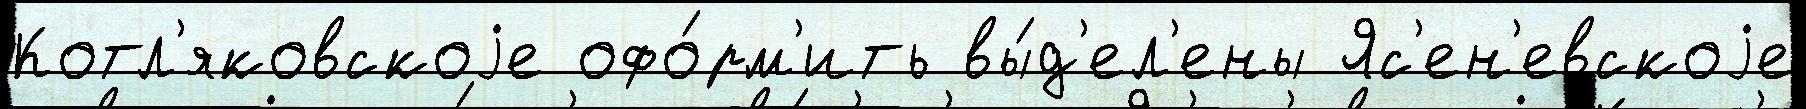
Котл'яковскоjе офо́рм'ить вы́д'ел'ены Яс'ен'евскоjе